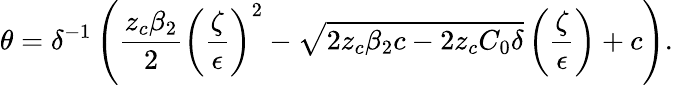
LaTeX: \theta=\delta^{-1}\left(\frac{z_{c}\beta_{2}}{2}\left(\frac{\zeta}{\epsilon}\right)^{2}-\sqrt{2z_{c}\beta_{2}c-2z_{c}C_{0}\delta}\left(\frac{\zeta}{\epsilon}\right)+c\right).